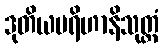
ဒုတိယပရိဟာနိသုတ္တံ